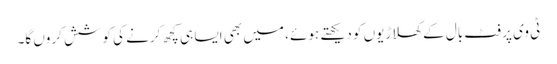
ٹی وی پر فٹ بال کے کھلاڑیوں کو دیکھتے ہوئے ، میں بھی ایسا ہی کچھ کرنے کی کوشش کروں گا۔